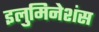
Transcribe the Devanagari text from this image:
इलुमिनेशंस